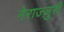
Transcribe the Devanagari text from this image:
नेराज्ज़ुरी